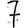
Digit: 7